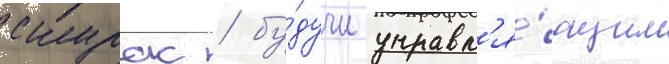
скурас / бу́дучи управл'я́ющим